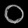
Digit: ၀